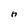
Character: h